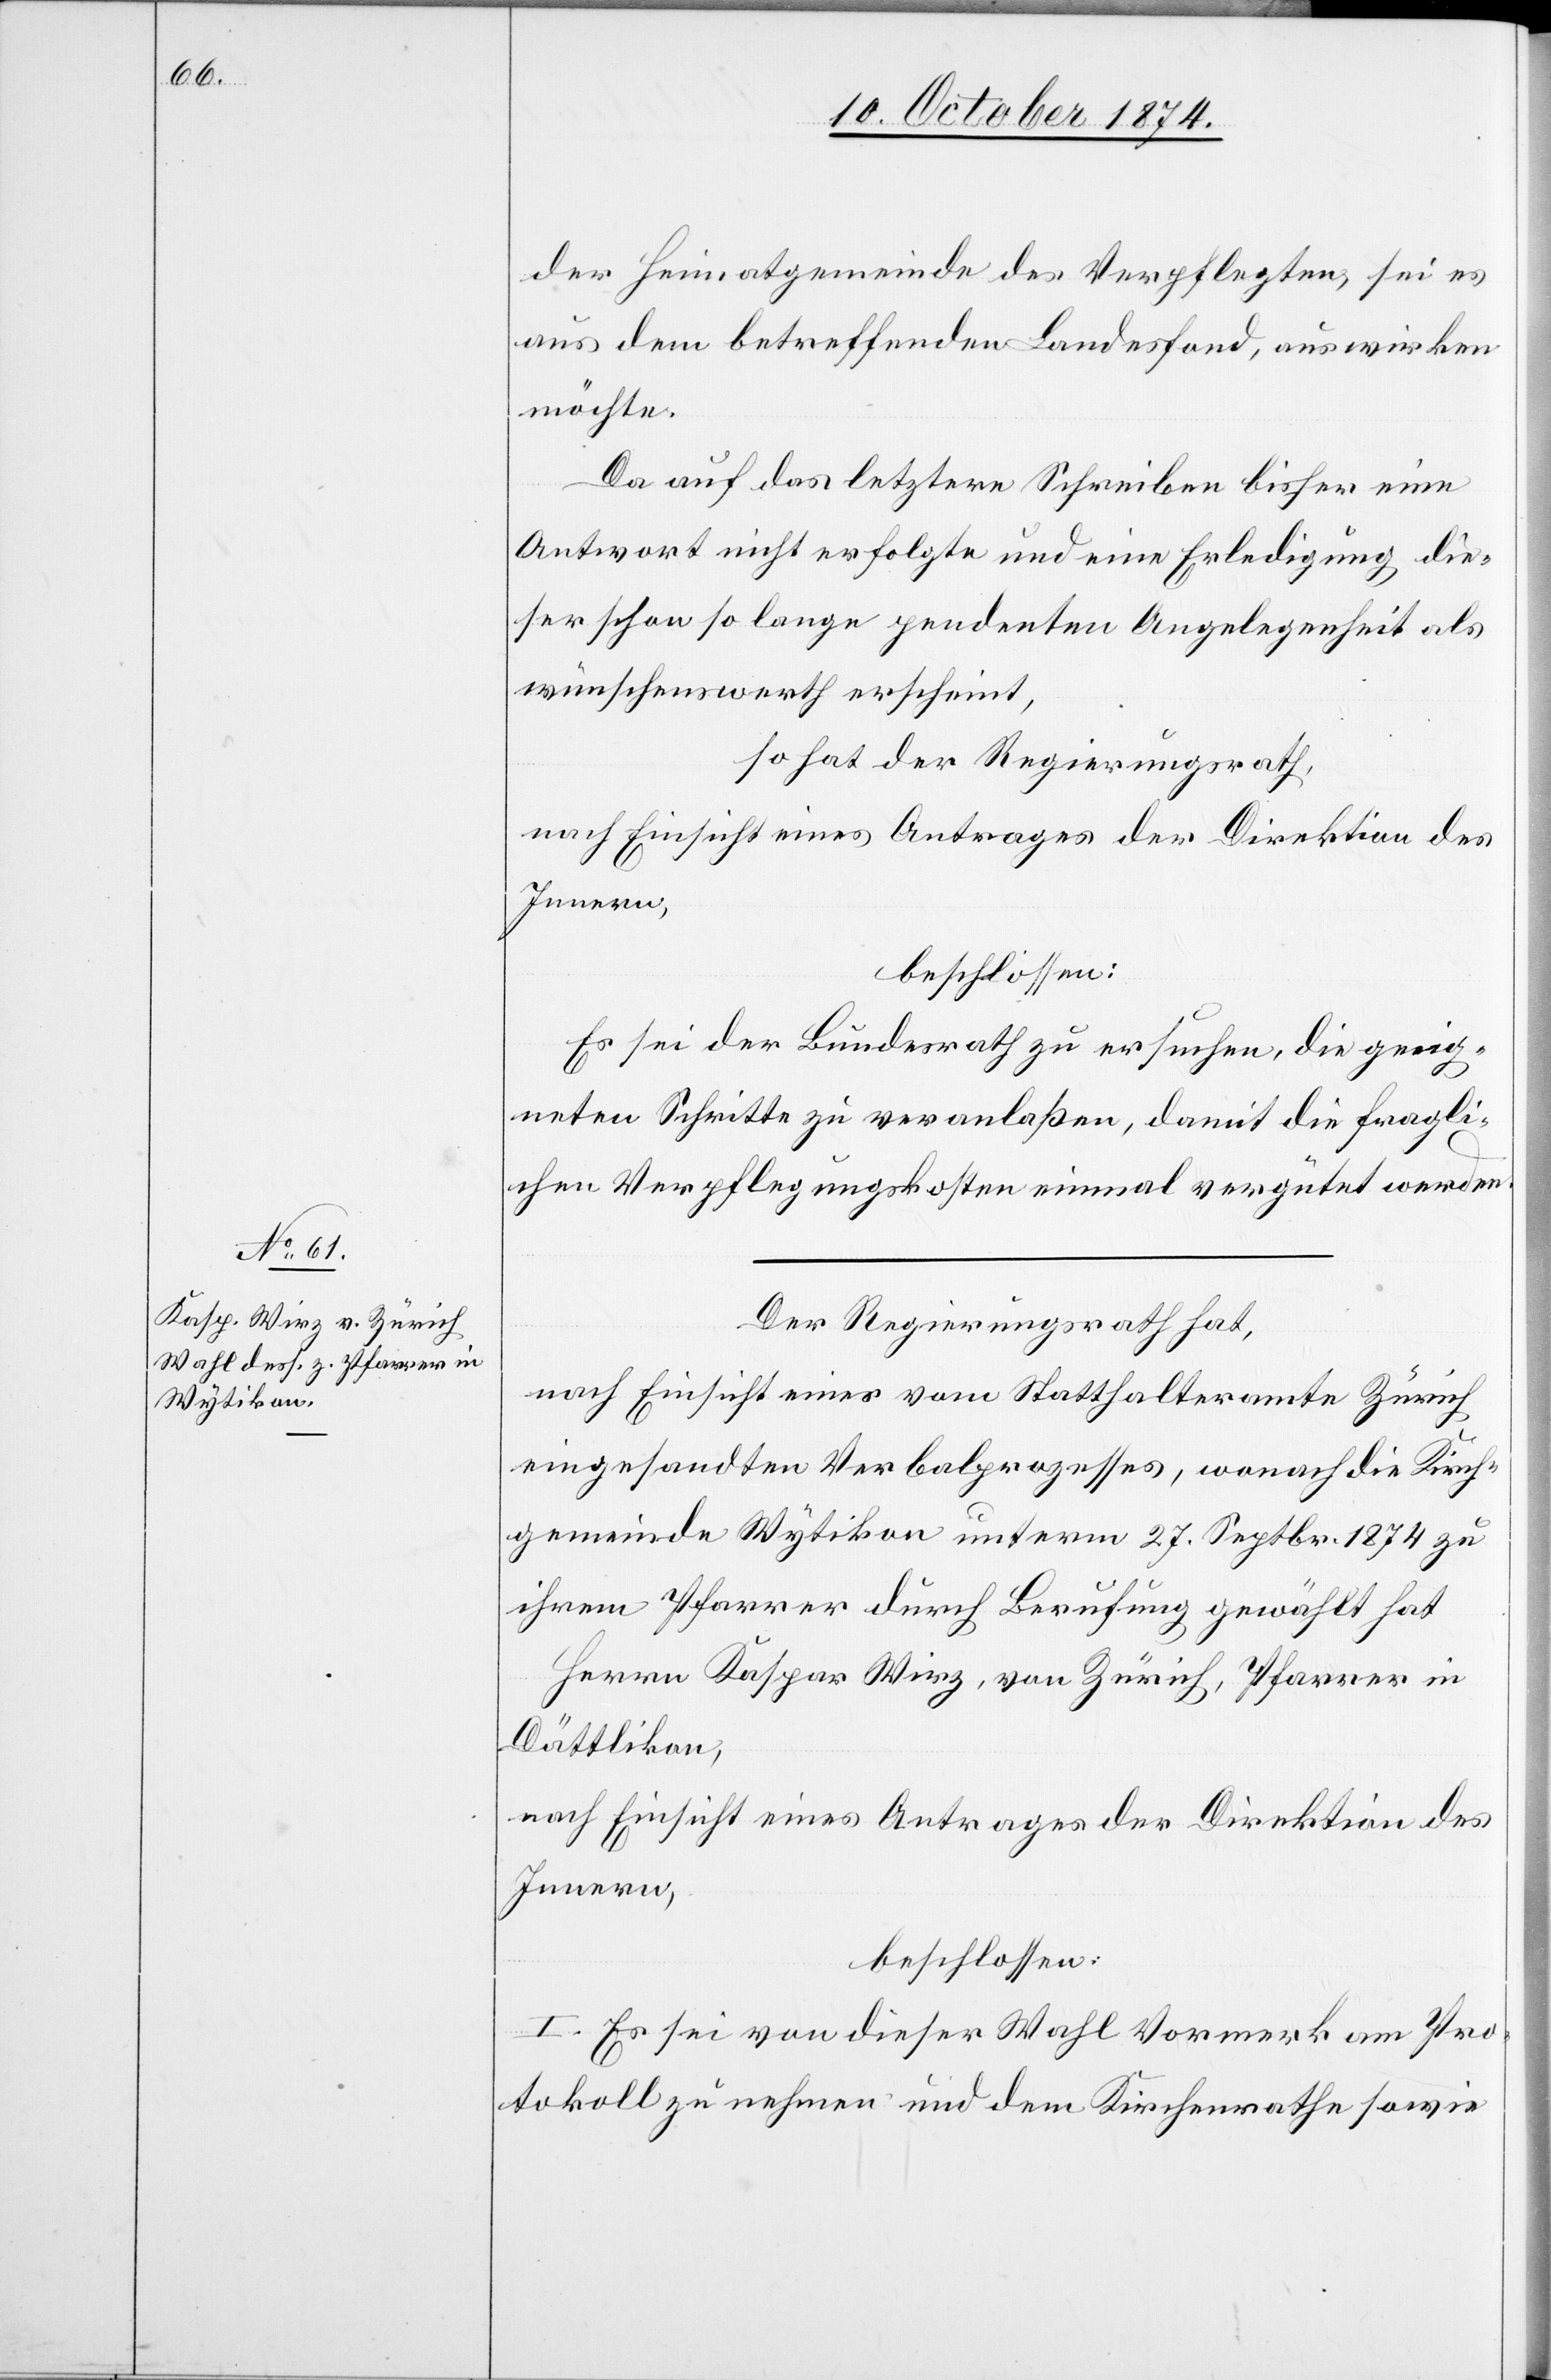
der Heimatgemeinde des Verpflegten, sei es
aus dem betreffenden Landesfond, auswirken
möchte.
Da auf das letztere Schreiben bisher eine
Antwort nicht erfolgte und eine Erledigung die¬
ser schon so lange pendenten Angelegenheit als
wünschenswerth erscheint,
so hat der Regierungsrath,
nach Einsicht eines Antrages der Direktion des
Innern,
beschlossen:
Es sei der Bundesrath zu ersuchen, die geeig¬
neten Schritte zu veranlaßen, damit die fragli¬
chen Verpflegungskosten einmal vergütet werden.
Der Regierungsrath hat,
nach Einsicht eines vom Statthalteramte Zürich
eingesandten Verbalprozesses, wonach die Kirch¬
gemeinde Wytikon unterm 27. Septbr. 1874 zu
ihrem Pfarrer durch Berufung gewählt hat
Herrn Kaspar Wirz, von Zürich, Pfarrer in
Dättlikon,
nach Einsicht eines Antrages der Direktion des
Innern,
beschlossen:
I. Es sei von dieser Wahl Vormerk am Pro¬
tokoll zu nehmen und dem Kirchenrathe sowie